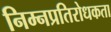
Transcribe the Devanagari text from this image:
निम्नप्रतिरोधकता